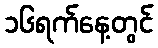
၁၆ရက်နေ့တွင်